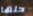
حلها